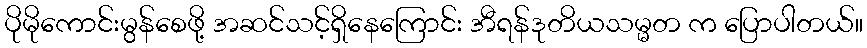
ပိုမိုကောင်းမွန်စေဖို့ အဆင်သင့်ရှိနေကြောင်း အီရန်ဒုတိယသမ္မတ က ပြောပါတယ်။